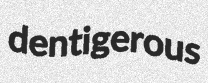
dentigerous